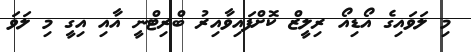
މި ލަވައިގެ އޯޑިއޯ ރިލީޒް ކޮށްފައިވާއިރު ބްރިޓްނީ އާއި އިގީ މި ލަވަ